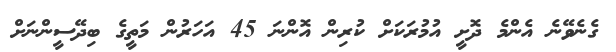
ގެނެވޭނެ އެންމެ ދޮށީ އުމުރަކަށް ކުރިން އޮންނަ 45 އަހަރުން މަތީގެ ބިދޭޭސީންނަށް